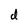
Character: d